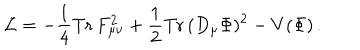
{ \cal L } = - { \frac { 1 } { 4 } } \mathrm { T r } \, F _ { \mu \nu } ^ { 2 } + { \frac { 1 } { 2 } } \mathrm { T r } \, ( D _ { \mu } \Phi ) ^ { 2 } - V ( \Phi ) \, .